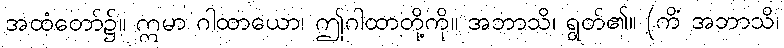
အထံတော်၌။ ဣမာ ဂါထာယော၊ ဤဂါထာတို့ကို။ အဘာသိ၊ ရွတ်၏။ (ကိံ အဘာသိ၊